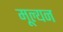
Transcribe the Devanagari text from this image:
मूल्‍यन